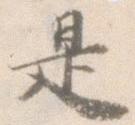
是